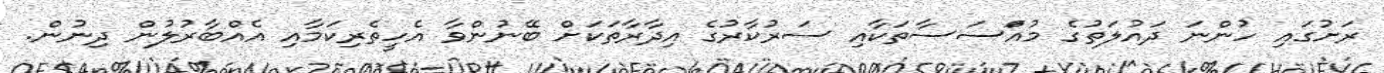
ރަށުގައި ހުންނަ ދައުލަތުގެ މުއަްސަސާތަކާއި ސަރުކާރުގެ އިދާރާތަކަށް ބޭނުންވާ އެހީތެރިކަމާއި އެއްބާރުލުން ދިނުން.